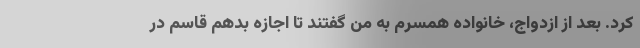
کرد. بعد از ازدواج، خانواده همسرم به من گفتند تا اجازه بدهم قاسم در